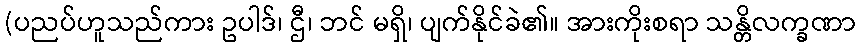
(ပညပ်ဟူသည်ကား ဥပါဒ်၊ ဌီ၊ ဘင် မရှိ၊ ပျက်နိုင်ခဲ၏။ အားကိုးစရာ သန္တိလက္ခဏာ